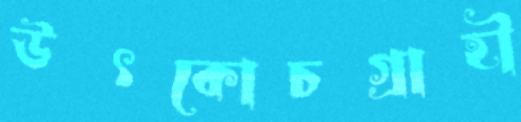
উৎকোচগ্রাহী